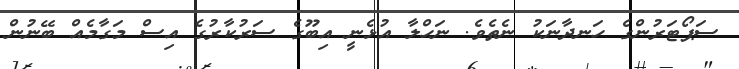
ސަޕޯޓަރުންގެ ހަނދާނަކު ނެތެވެ. ނަހްލާ އުޅެނީ އިބޫގެ ސަރުކާރުގެ އިސް މަގާމެއް ބޭނުން